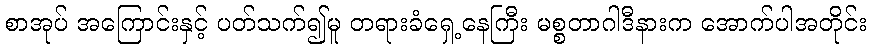
စာအုပ် အကြောင်းနှင့် ပတ်သက်၍မူ တရားခံရှေ့နေကြီး မစ္စတာဂါဒီနားက အောက်ပါအတိုင်း